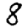
Digit: 8